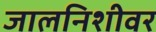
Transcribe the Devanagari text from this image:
जालनिशीवर